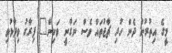
މީގެ އިތުރުން ދެން ހުރި ޗާޖުތައް ވެސް ނަގާނީ ވަކިން" ފިރާގު ވިދާޅުވި